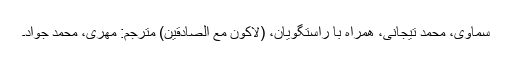
سماوی، محمد تیجانی، همراه با راستگویان، (لِاَکُونَ مَعَ الصّادِقِین) مترجم: مهری، محمد جواد۔